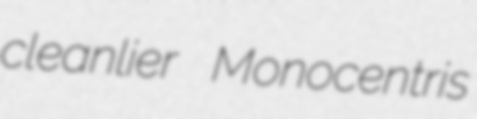
cleanlier Monocentris